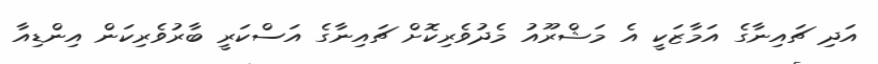
އަދި ޗައިނާގެ އަމާޒަކީ އެ މަޝްރޫއު މެދުވެރިކޮށް ޗައިނާގެ އަސްކަރީ ބާރުވެރިކަން އިންޑިއާ